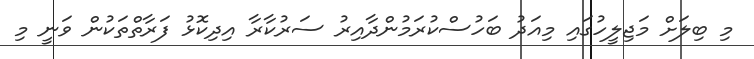
މި ބިލަށް މަޖިލީހުގައި މިއަދު ބަހުސްކުރަމުންދާއިރު ސަރުކާރާ އިދިކޮޅު ފަރާތްތަކުން ވަނީ މި